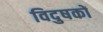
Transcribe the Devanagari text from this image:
विदुषकों